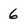
Character: 6